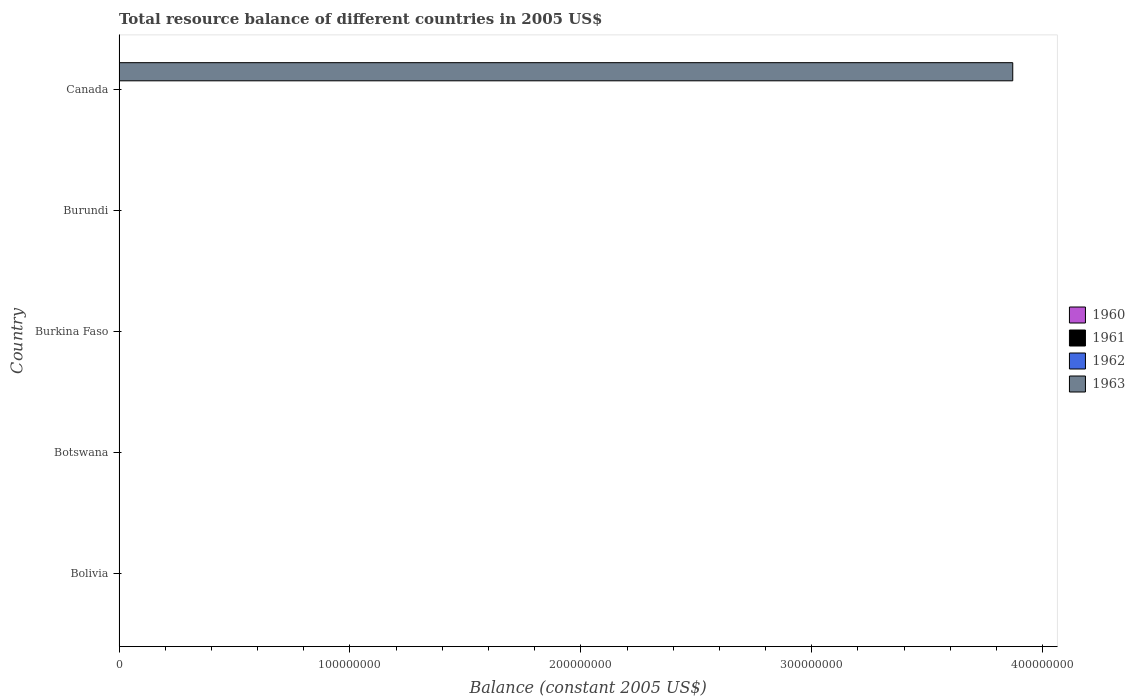
| Country | 1960 | 1961 | 1962 | 1963 |
 | --- | --- | --- | --- | --- |
 | Bolivia | -400 | -300 | -600 | -600 |
 | Botswana | -2.9e+06 | -3.6e+06 | -4.3e+06 | -5e+06 |
 | Burkina Faso | -8.89e+09 | -8.9e+09 | -9.46e+09 | -9.74e+09 |
 | Burundi | -8.75e+07 | -1.75e+08 | -3.5e+08 | -7.88e+08 |
 | Canada | -4.66e+08 | -1.23e+08 | -4.64e+06 | 3.87e+08 |